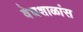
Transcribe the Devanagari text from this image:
वेधशाळांस